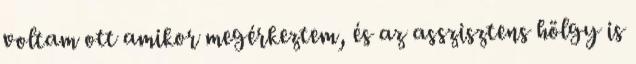
voltam ott amikor megérkeztem, és az asszisztens hölgy is